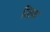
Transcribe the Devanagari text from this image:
ज़िफ